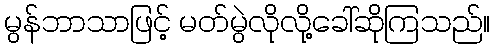
မွန်ဘာသာဖြင့် မတ်မွဲလိုလို့ခေါ်ဆိုကြသည်။